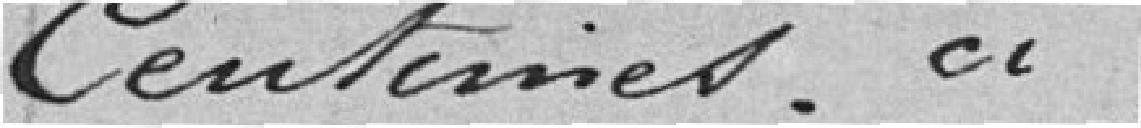
centimes ci .....